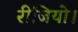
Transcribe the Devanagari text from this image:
रीजियो।